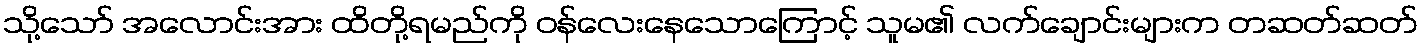
သို့သော် အလောင်းအား ထိတို့ရမည်ကို ဝန်လေးနေသောကြောင့် သူမ၏ လက်ချောင်းများက တဆတ်ဆတ်